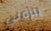
يلزمني